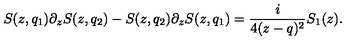
S ( z , q _ { 1 } ) \partial _ { z } S ( z , q _ { 2 } ) - S ( z , q _ { 2 } ) \partial _ { z } S ( z , q _ { 1 } ) = { \frac { i } { 4 ( z - q ) ^ { 2 } } } S _ { 1 } ( z ) .